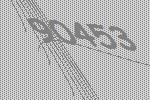
90453